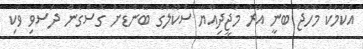
އެކަމަކު މޮހޮޖު ބުނީ އޭރު މަޖީދިއްޔާ ސްކޫލްގެ ބޭންޑަށް ގޮސްގެން ދަސްވި ވަކި